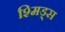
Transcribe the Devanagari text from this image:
श्मिड्स